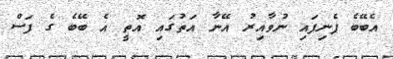
އެބޭބެ ފެނިފައި ނުވާއިރު އޭނާ އަތުގައި އޮތީ އެ ބޭބެ ގެ ފަސް